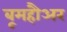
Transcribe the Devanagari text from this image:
बूमहौअर